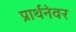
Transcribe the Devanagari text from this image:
प्रार्थनेवर